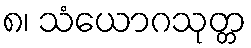
၈၊ သံယောဂသုတ္တ